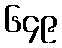
၆၄၉